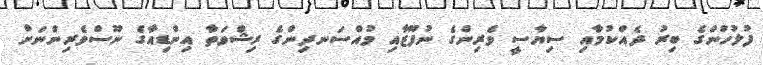
ފުލުހުންގެ ބިރު ދެއްކުމާއި ސިޔާސީ ވެރިންގެ ނުފޫޒާއި މުއްސަނދިންގެ ރިޝްވަތާ އިންޑިއާގެ ނޫސްވެރިންނަށް